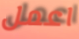
اعمل